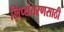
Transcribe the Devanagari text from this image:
लिप्यंतरणसाठी